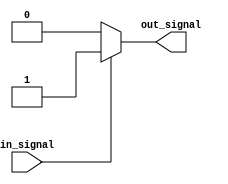
module voltage_level_shifter (
    input wire in_signal,
    output wire out_signal
);

reg internal_signal;

always @ (in_signal)
begin
    if (in_signal == 1'b0)
        internal_signal <= 1'b0;
    else
        internal_signal <= 1'b1;
end

always @ (internal_signal)
begin
    if (internal_signal == 1'b0)
        out_signal <= 1'b0;
    else
        out_signal <= 1'b1;
end

endmodule